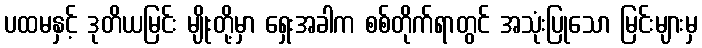
ပထမနှင့် ဒုတိယမြင်း မျိုးတို့မှာ ရှေးအခါက စစ်တိုက်ရာတွင် အသုံးပြုသော မြင်းများမှ